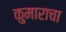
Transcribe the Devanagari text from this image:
कुमाराचा